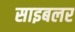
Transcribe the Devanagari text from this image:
साइबलर